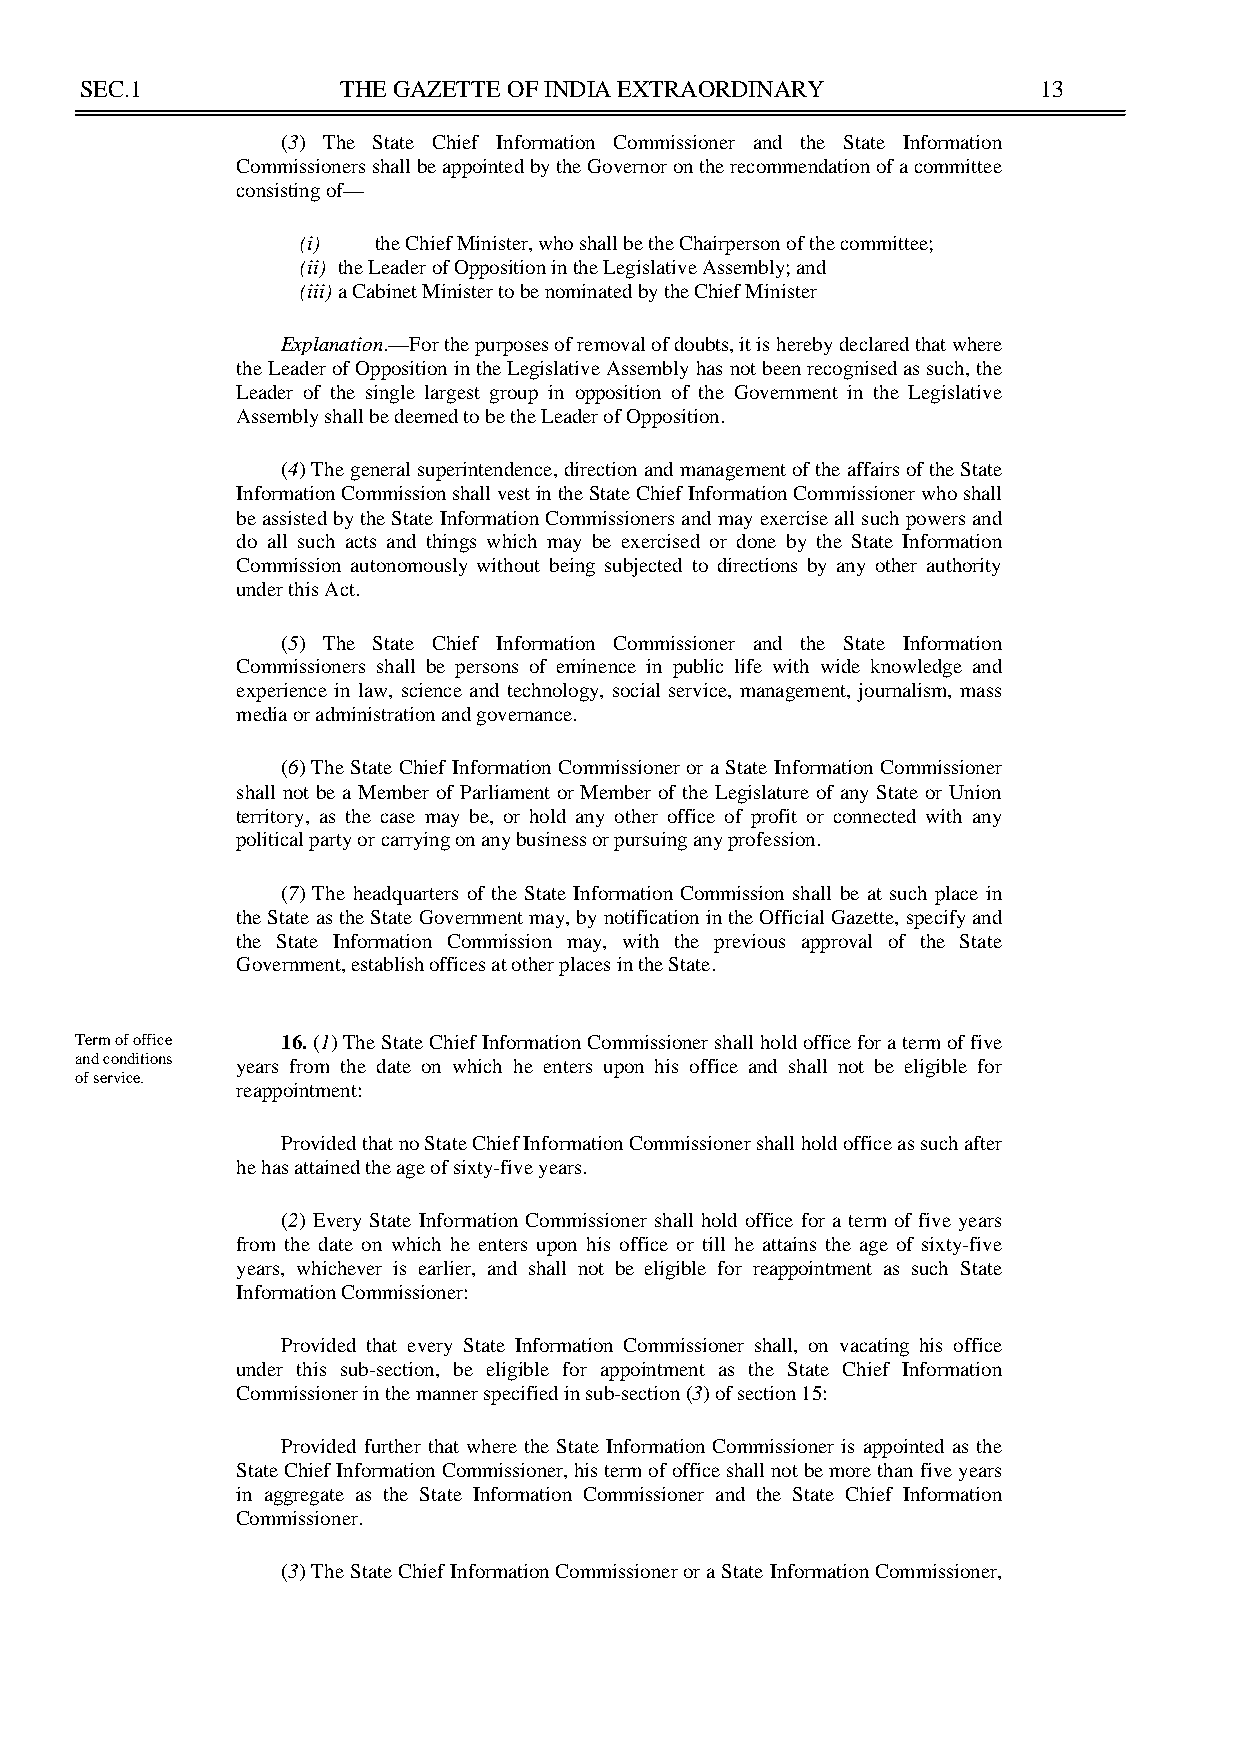
SEC.1             THE GAZETTE OF INDIA EXTRAORDINARY            13
 (3) The State Chief Information Commissioner and the State Information
 Commissioners shall be appointed by the Governor on the recommendation of a committee
 consisting of—
 (i)  the Chief Minister, who shall be the Chairperson of the committee;
 (ii) the Leader of Opposition in the Legislative Assembly; and
 (iii) a Cabinet Minister to be nominated by the Chief Minister
 Explanation.—For the purposes of removal of doubts, it is hereby declared that where
 the Leader of Opposition in the Legislative Assembly has not been recognised as such, the
 Leader of the single largest group in opposition of the Government in the Legislative
 Assembly shall be deemed to be the Leader of Opposition.
 (4) The general superintendence, direction and management of the affairs of the State
 Information Commission shall vest in the State Chief Information Commissioner who shall
 be assisted by the State Information Commissioners and may exercise all such powers and
 do all such acts and things which may be exercised or done by the State Information
 Commission autonomously without being subjected to directions by any other authority
 under this Act.
 (5) The State Chief Information Commissioner and the State Information
 Commissioners shall be persons of eminence in public life with wide knowledge and
 experience in law, science and technology, social service, management, journalism, mass
 media or administration and governance.
 (6) The State Chief Information Commissioner or a State Information Commissioner
 shall not be a Member of Parliament or Member of the Legislature of any State or Union
 territory, as the case may be, or hold any other office of profit or connected with any
 political party or carrying on any business or pursuing any profession.
 (7) The headquarters of the State Information Commission shall be at such place in
 the State as the State Government may, by notification in the Official Gazette, specify and
 the State Information Commission may, with the previous approval of the State
 Government, establish offices at other places in the State.
 Term of office 16. (1) The State Chief Information Commissioner shall hold office for a term of five
 and conditions years from the date on which he enters upon his office and shall not be eligible for
 of service.
 reappointment:
 Provided that no State Chief Information Commissioner shall hold office as such after
 he has attained the age of sixty-five years.
 (2) Every State Information Commissioner shall hold office for a term of five years
 from the date on which he enters upon his office or till he attains the age of sixty-five
 years, whichever is earlier, and shall not be eligible for reappointment as such State
 Information Commissioner:
 Provided that every State Information Commissioner shall, on vacating his office
 under this sub-section, be eligible for appointment as the State Chief Information
 Commissioner in the manner specified in sub-section (3) of section 15:
 Provided further that where the State Information Commissioner is appointed as the
 State Chief Information Commissioner, his term of office shall not be more than five years
 in aggregate as the State Information Commissioner and the State Chief Information
 Commissioner.
 (3) The State Chief Information Commissioner or a State Information Commissioner,